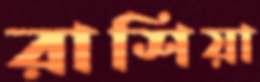
রাশিয়া